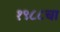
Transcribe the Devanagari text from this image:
१९८८चा